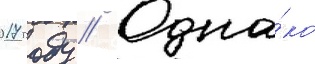
2017 году // Одна́ко